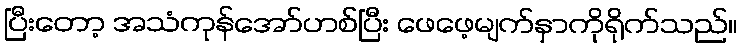
ပြီးတော့ အသံကုန်အော်ဟစ်ပြီး ဖေဖေ့မျက်နှာကိုရိုက်သည်။